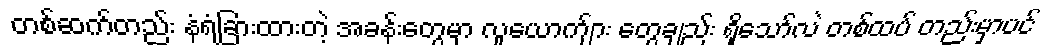
တစ်ဆက်တည်း နံရံခြားထားတဲ့ အခန်းတွေမှာ လူယောက်ျား တွေချည်း ရှိသော်လဲ တစ်ထပ် တည်းမှာပင်